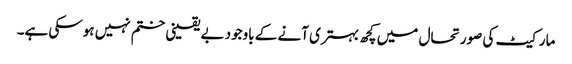
مارکیٹ کی صورتحال میں کچھ بہتری آنے کے باوجود بے یقینی ختم نہیں ہوسکی ہے۔